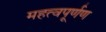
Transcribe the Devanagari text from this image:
महत्वपूर्णण